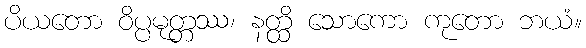
ပိယတော ဝိပ္ပမုတ္တဿ၊ နတ္ထိ သောကော ကုတော ဘယံ။